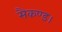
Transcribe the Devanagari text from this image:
सैकण्ड।